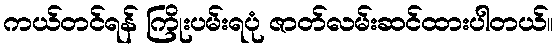
ကယ်တင်ရန် ကြိုးပမ်းရပုံ ဇာတ်လမ်းဆင်ထားပါတယ်။